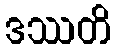
ဒဿတိ